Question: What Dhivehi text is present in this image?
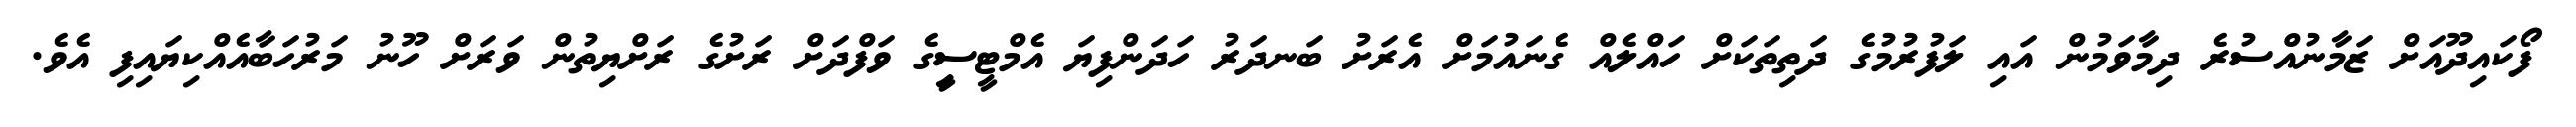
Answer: ފޯކައިދޫއަށް ޒަމާނުއްސުރެ ދިމާވަމުން އައި ލަފުރުމުގެ ދަތިތަކަށް ހައްލެއް ގެނައުމަށް އެރަށު ބަނދަރު ހަދަންފިޔަ އެމްޓީސީިގެ ވަފްދަށް ރަށުގެ ރަށްޔިތުން ވަރަށް ހޫނު މަރުހަބާއެއްކިޔައިފި އެވެ.